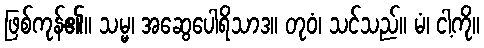
ဖြစ်ကုန်၏။ သမ္မ၊ အဆွေပေါရိသာဒ။ တုဝံ၊ သင်သည်။ မံ၊ ငါ့ကို။